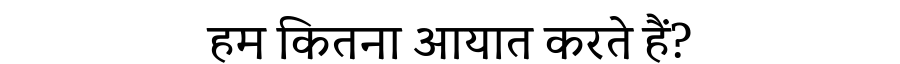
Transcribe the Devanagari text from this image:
हम कितना आयात करते हैं?